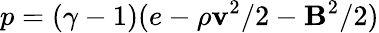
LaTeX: p=(\gamma-1)(e-\rho\textbf{v}^{2}/2-\textbf{B}^{2}/2)